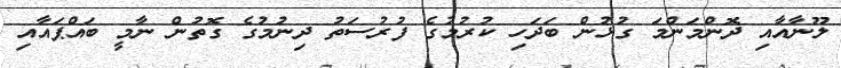
ލޫނާއާއި ދޮންމަންމަ ގުޅުން ބަދަހި ކުރުމުގެ ފުރުސަތު ދިނުމުގެ ގޮތުން ނާމީ ބައްޕައާއި